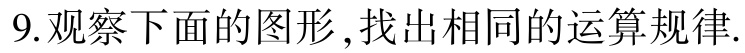
9.观察下面的图形,找出相同的运算规律.